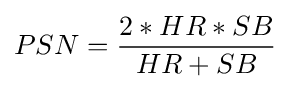
PSN={\frac {2*HR*SB}{HR+SB}}